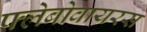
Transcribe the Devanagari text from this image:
फ्लेबोवायरस